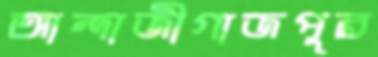
আন্দাজীগাজপুর